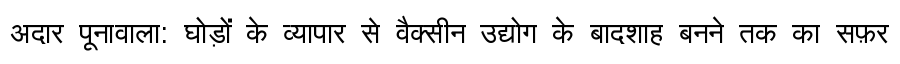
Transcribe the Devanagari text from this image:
अदार पूनावाला: घोड़ों के व्यापार से वैक्सीन उद्योग के बादशाह बनने तक का सफ़र